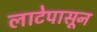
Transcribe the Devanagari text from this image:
लाटेपासून